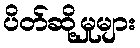
ပိတ်ဆို့မှုများ